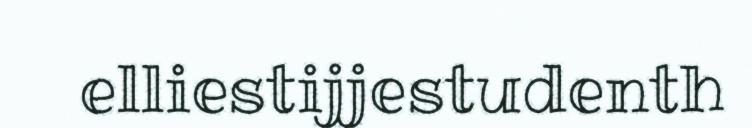
elliestijjestudenth